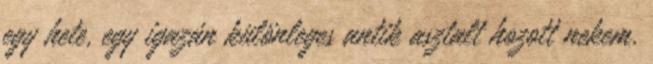
egy hete, egy igazán különleges antik asztalt hozott nekem.